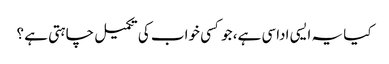
کیا یہ ایسی اداسی ہے، جو کسی خواب کی تکمیل چاہتی ہے ؟